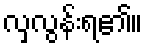
လှလွန်းရ၏။